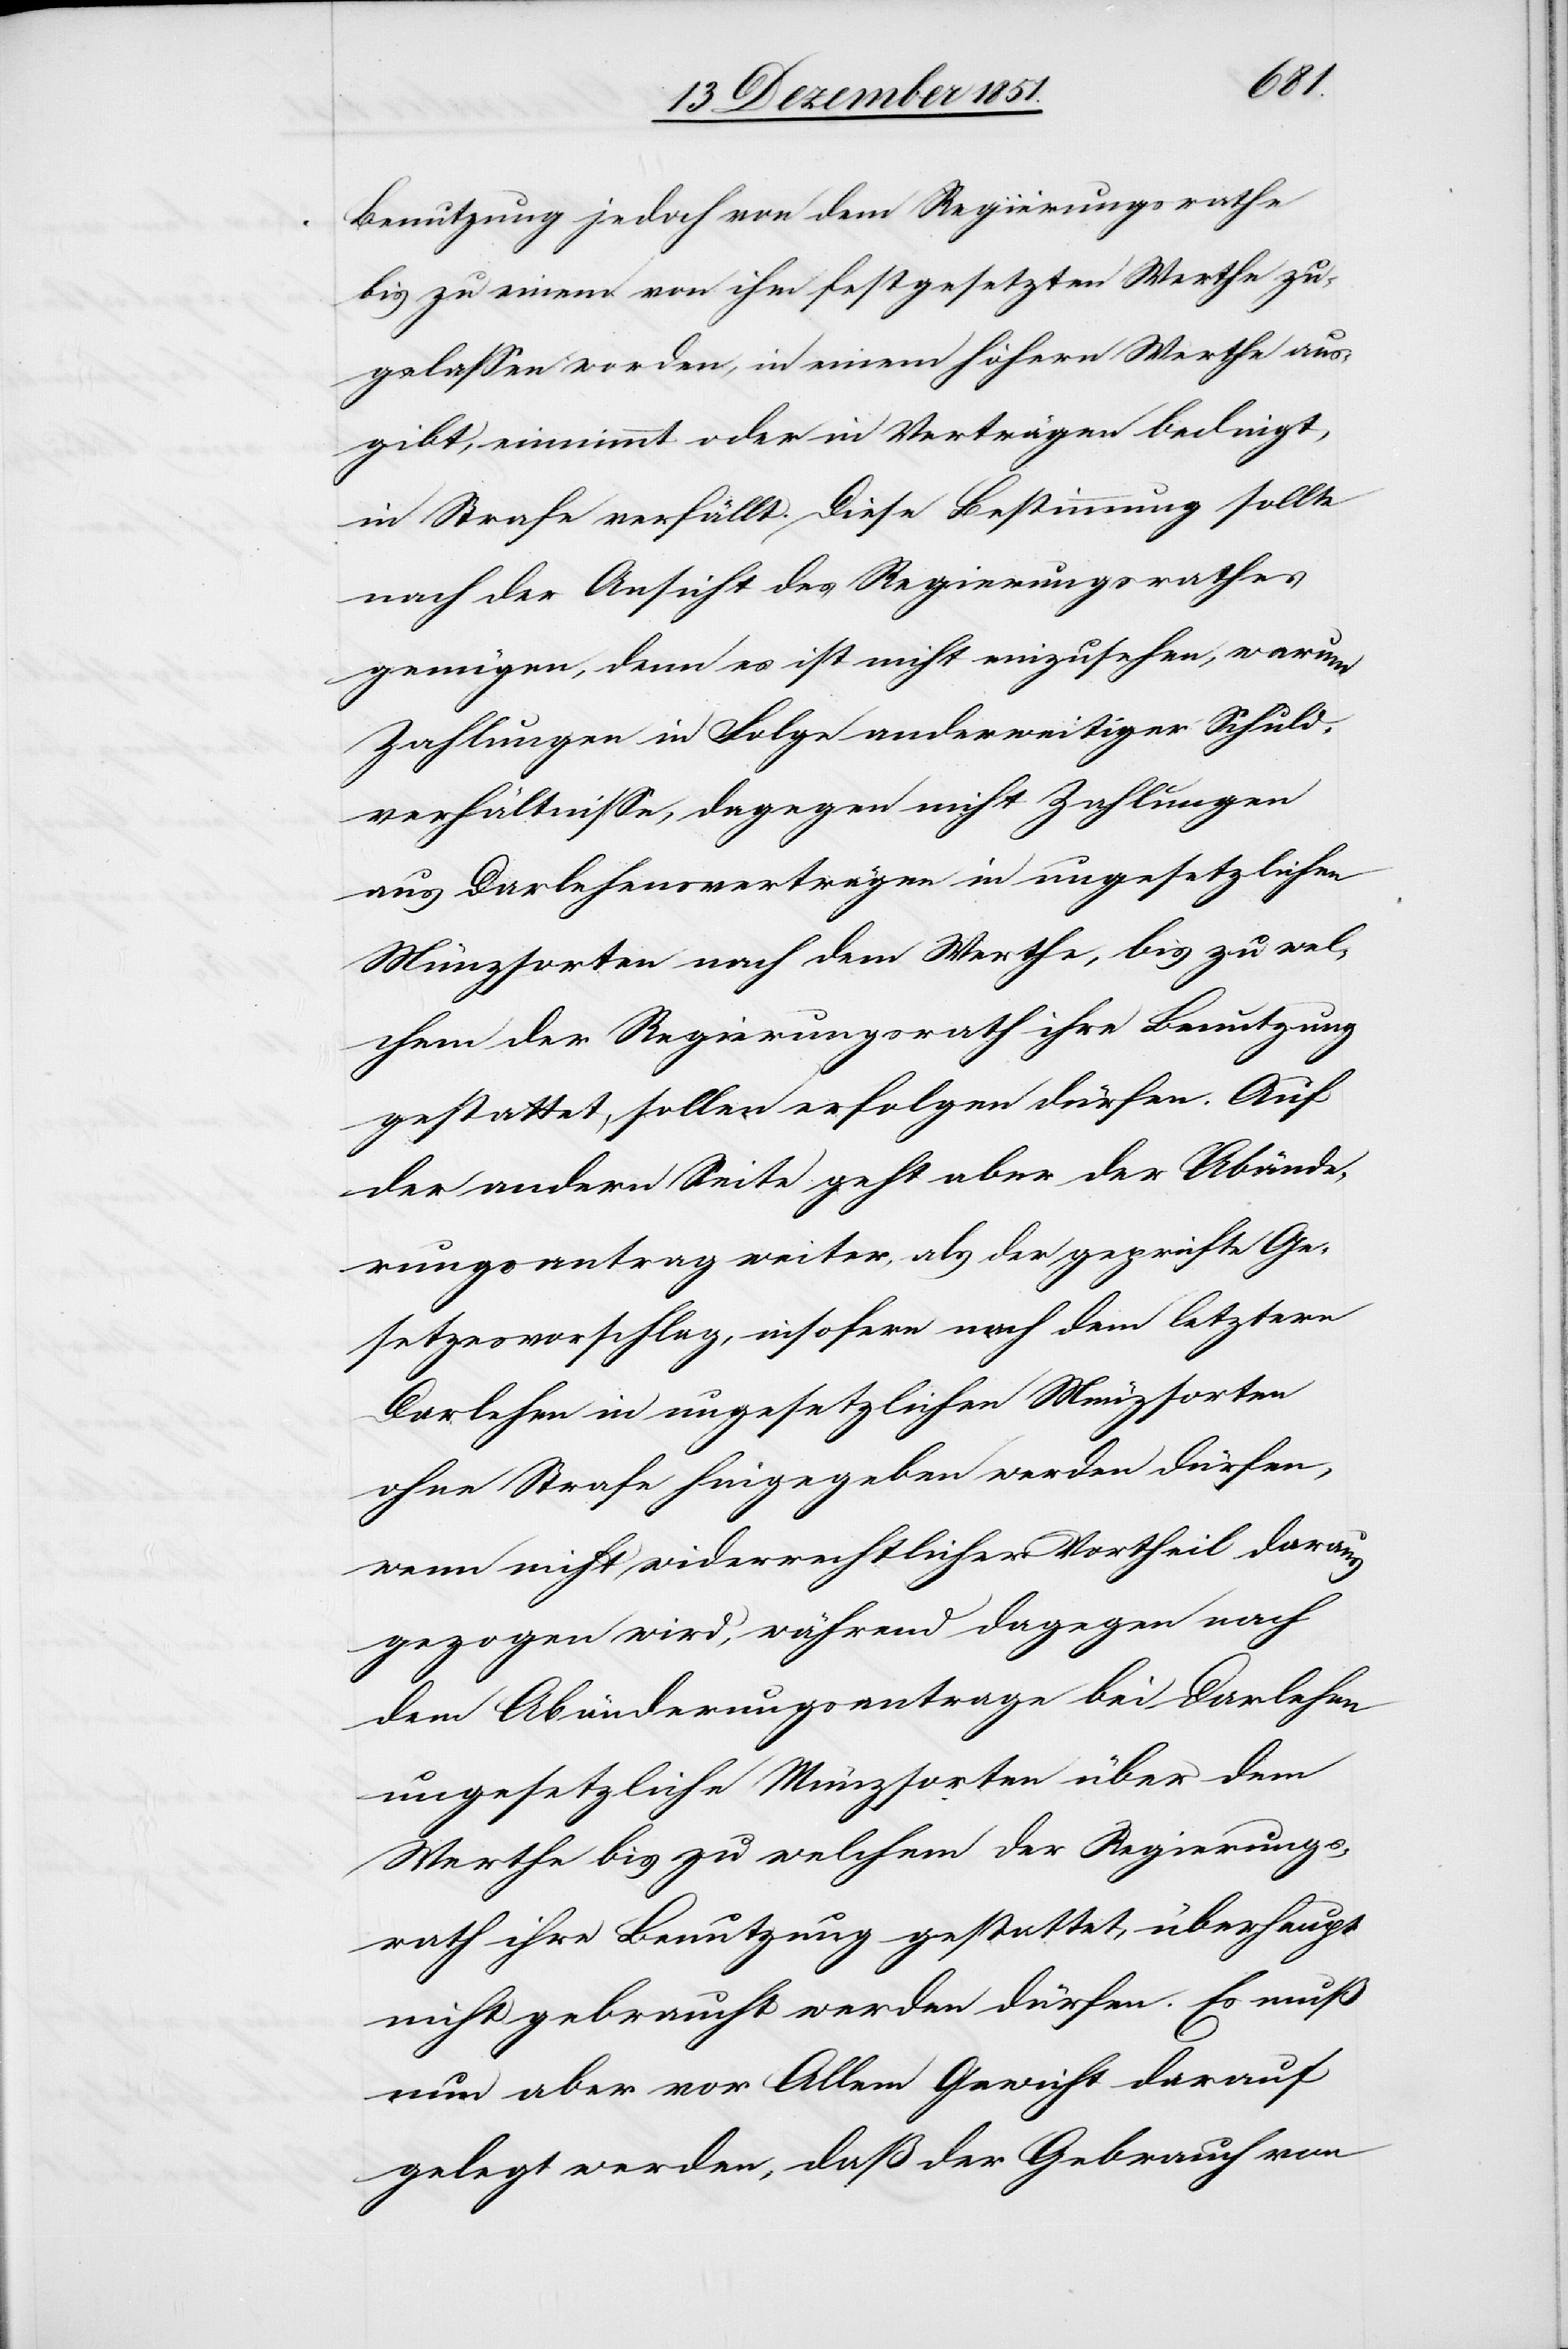
Benutzung jedoch von dem Regierungsrathe
bis zu einem von ihm festgesetzten Werthe zu¬
gelassen worden, in einem höhern Werthe aus¬
gibt, einnimmt oder in Verträgen bedingt,
in Strafe verfällt. Diese Bestimmung sollte
nach der Ansicht des Regierungsrathes
genügen, denn es ist nicht einzusehen, warum
Zahlungen in Folge anderweitiger Schuld¬
verhältnisse, dagegen nicht Zahlungen
aus Darlehensverträgen in ungesetzlichen
Münzsorten nach dem Werthe, bis zu wel¬
chem der Regierungsrath ihre Benutzung
gestattet, sollen erfolgen dürfen. Auf
der andern Seite geht aber der Abände¬
rungsantrag weiter, als der geprüfte Ge¬
setzesvorschlag, insofern nach dem letztern
Darlehen in ungesetzlichen Münzsorten
ohne Strafe hingegeben werden dürfen,
wenn nicht widerrechtlicher Vortheil daraus
gezogen wird, während dagegen nach
dem Abänderungsantrage bei Darlehen
ungesetzliche Münzsorten über dem
Werthe bis zu welchem der Regierungs¬
rath ihre Benutzung gestattet, überhaupt
nicht gebraucht werden dürfen. Es muß
nun aber vor Allem Gewicht darauf
gelegt werden, daß der Gebrauch von